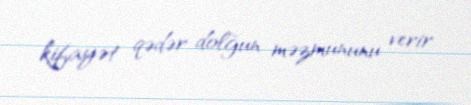
kifayət qədər dolğun məzmununu verir.